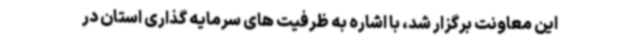
این معاونت برگزار شد، با اشاره به ظرفیت های سرمایه گذاری استان در